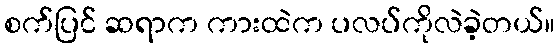
စက်ပြင် ဆရာက ကားထဲက ပလပ်ကိုလဲခဲ့တယ်။